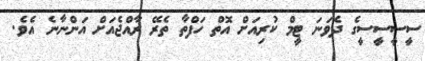
ސީސީސީސީގެ ދެވަނަ ޓީމް ކުރިއަށް އޮތް ހަފްތާ ތެރޭ ރާއްޖެއަށް އަންނާނެ އެވެ.